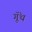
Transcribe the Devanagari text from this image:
गूॅंथ